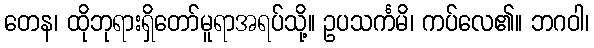
တေန၊ ထိုဘုရားရှိတော်မူရာအရပ်သို့။ ဥပသင်္ကမိ၊ ကပ်လေ၏။ ဘဂဝါ၊